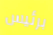
برئيس